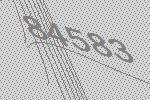
84583